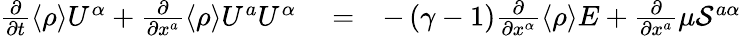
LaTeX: \begin{array}{rlr}{\frac{\partial}{\partial t}\langle{\rho}\rangle U^{\alpha}+\frac{\partial}{\partial x^{a}}\langle{\rho}\rangle U^{a}U^{\alpha}}&{{}=}&{-\left({\gamma-1}\right)\frac{\partial}{\partial x^{\alpha}}\langle{\rho}\rangle E+\frac{\partial}{\partial x^{a}}\mu{\cal{S}}^{a\alpha}}\end{array}